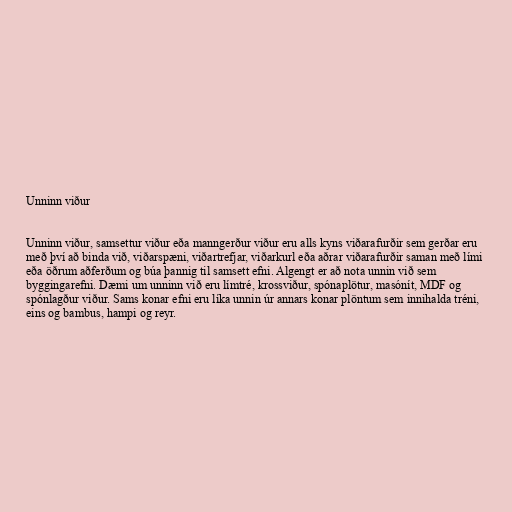
Unninn viður

Unninn viður, samsettur viður eða manngerður viður eru alls kyns viðarafurðir sem gerðar eru
með því að binda við, viðarspæni, viðartrefjar, viðarkurl eða aðrar viðarafurðir saman með lími
eða öðrum aðferðum og búa þannig til samsett efni. Algengt er að nota unnin við sem
byggingarefni. Dæmi um unninn við eru límtré, krossviður, spónaplötur, masónít, MDF og
spónlagður viður. Sams konar efni eru líka unnin úr annars konar plöntum sem innihalda tréni,
eins og bambus, hampi og reyr.